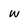
Character: w